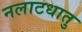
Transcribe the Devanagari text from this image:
नलाटधातु